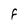
Character: F